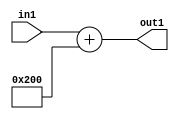
`timescale 1ps / 1ps
/*****************************************************************************
    Verilog RTL Description
    
    
    Created by: Stratus DpOpt 2019.1.01 
*******************************************************************************/

module SobelFilter_gen000002_4 (
	in1,
	out1
	); /* architecture "behavioural" */ 
input [8:0] in1;
output [10:0] out1;
wire [10:0] asc001;

assign asc001 = 
	+(in1)
	+(11'B01000000000);

assign out1 = asc001;
endmodule

/* CADENCE  urfzTQ0= : u9/ySgnWtBlWxVPRXgAZ4Og= ** DO NOT EDIT THIS LINE ******/